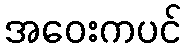
အဝေးကပင်